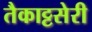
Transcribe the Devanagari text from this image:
तैकाट्टसेरी